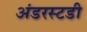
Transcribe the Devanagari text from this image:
अंडरस्टडी